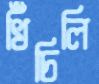
খিঁচিলি